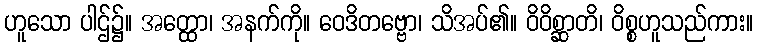
ဟူသော ပါဌ်၌။ အတ္ထော၊ အနက်ကို။ ဝေဒိတဗ္ဗော၊ သိအပ်၏။ ဝိဝိစ္ဆာတိ၊ ဝိစ္စဟူသည်ကား။